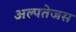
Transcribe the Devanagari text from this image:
अल्पतेजस